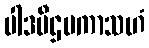
ပါဒပီဌမကာသဟံ